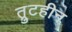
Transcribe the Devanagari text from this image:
त्रुटहीन